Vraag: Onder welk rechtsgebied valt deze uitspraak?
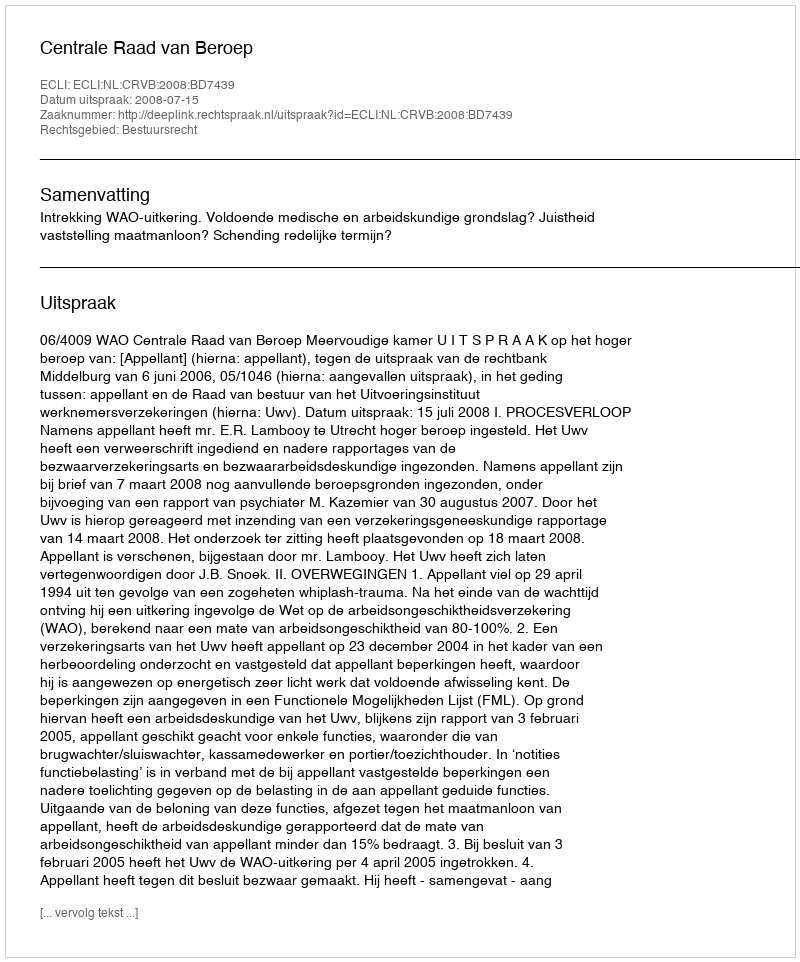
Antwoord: Bestuursrecht